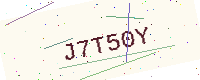
Text: J7T50Y